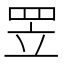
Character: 𦊢